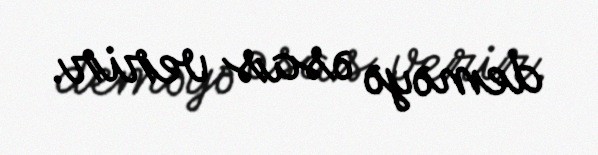
deməyə əsas verir.